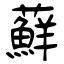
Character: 蘚